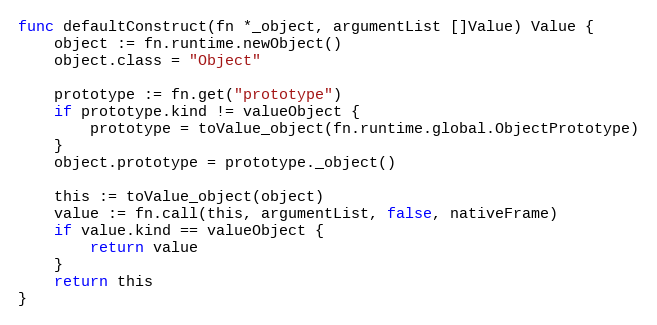
Language: Go
func defaultConstruct(fn *_object, argumentList []Value) Value {
	object := fn.runtime.newObject()
	object.class = "Object"

	prototype := fn.get("prototype")
	if prototype.kind != valueObject {
		prototype = toValue_object(fn.runtime.global.ObjectPrototype)
	}
	object.prototype = prototype._object()

	this := toValue_object(object)
	value := fn.call(this, argumentList, false, nativeFrame)
	if value.kind == valueObject {
		return value
	}
	return this
}